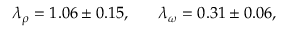
\lambda _ { \rho } = 1 . 0 6 \pm 0 . 1 5 , \; \; \; \; \; \; \lambda _ { \omega } = 0 . 3 1 \pm 0 . 0 6 ,